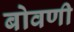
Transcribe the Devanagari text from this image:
बोवणी